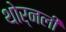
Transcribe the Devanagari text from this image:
थोर्नली